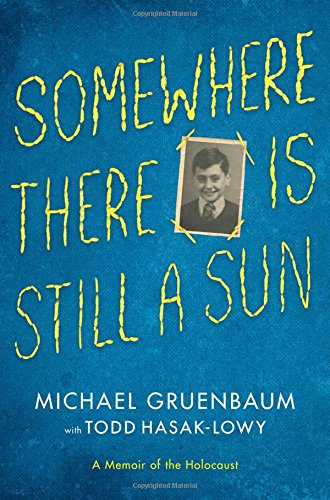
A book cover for Somewhere There Is Still a Sun: A Memoir of the Holocaust; Michael Gruenbaum; Children's Books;